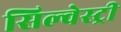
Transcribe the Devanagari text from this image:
सिल्वेस्ट्री